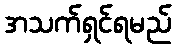
အသက်ရှင်ရမည်